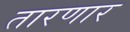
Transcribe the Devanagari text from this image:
तारणार